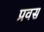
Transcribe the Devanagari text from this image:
प्रवस